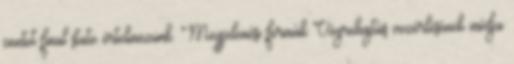
pontot final state értelmezünk. Megjelenési formák Végrehajtás vezérlésének módja